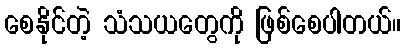
စေနိုင်တဲ့ သံသယတွေကို ဖြစ်စေပါတယ်။